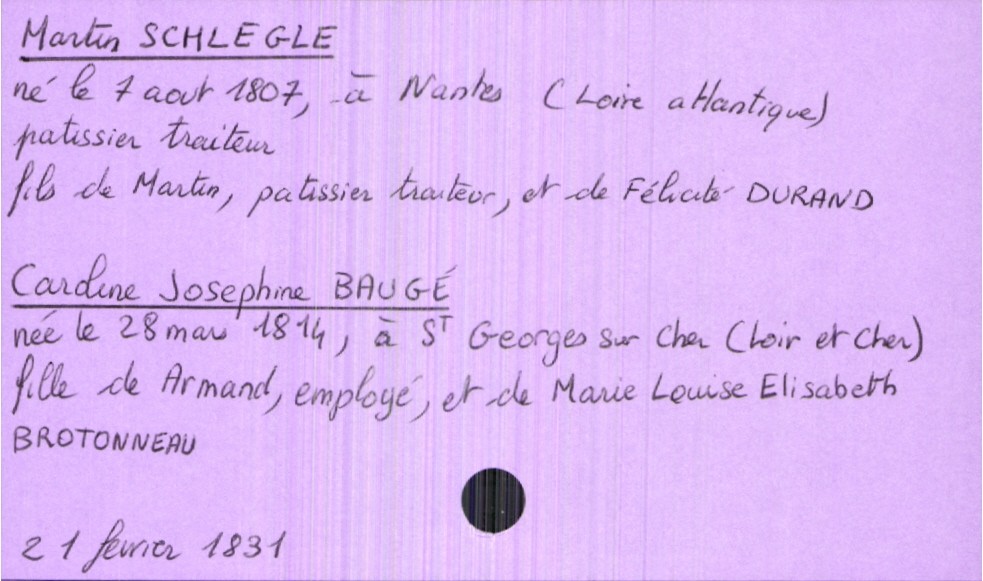
type_acte: Mariage
année: 1831
mois: fevrier
jour: 21
marié_nom: Schlegle
marié_prénom: Martin
marié_profession: patissier traiteur
marié_date_de_naissance: 7 août 1807
marié_lieu_de_naissance: Nantes (Loire atlantique)
père_marié_nom: Schlegle
père_marié_prénom: Martin
père_marié_profession: patissier traiteur
mère_marié_nom: Durand
mère_marié_prénom: Félicité
mariée_nom: Baugé
mariée_prénom: Caroline Josephine
mariée_date_de_naissance: 28 mars 1814
mariée_lieu_de_naissance: Saint Georges sur Cher (Loir et Cher)
père_mariée_nom: Baugé
père_mariée_prénom: Armand
mère_mariée_nom: Brotonneau
mère_mariée_prénom: Marie Louise Elisabeth